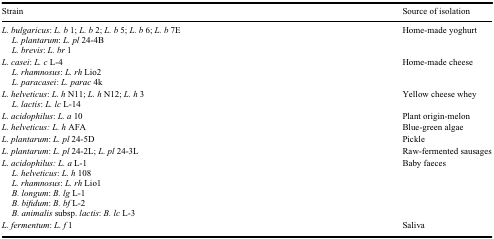
| Strain | Source of isolation |
 | --- | --- |
 | L. bulgaricus: L. b 1; L. b 2; L. b 5; L. b 6; L. b 7E L. plantarum: L. pl 24-4B L. brevis: L. br 1 | Home-made yoghurt |
 | L. casei: L. c L-4 L. rhamnosus: L. rh Lio2 L. paracasei: L. parac 4k | Home-made cheese |
 | L. helveticus: L. h N11; L. h N12; L. h 3 L. lactis: L. lc L-14 | Yellow cheese whey |
 | L. acidophilus: L. a 10 | Plant origin-melon |
 | L. helveticus: L. h AFA | Blue-green algae |
 | L. plantarum: L. pl 24-5D | Pickle |
 | L. plantarum: L. pl 24-2L; L. pl 24-3L | Raw-fermented sausages |
 | L. acidophilus: L. a L-1 L. helveticus: L. h 108 L. rhamnosus: L. rh Lio1 B. longum: B. lg L-1 B. bifidum: B. bf L-2 B. animalis subsp. lactis: B. lc L-3 | Baby faeces |
 | L. fermentum: L. f 1 | Saliva |